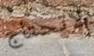
لاتحتاج